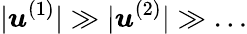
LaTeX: |\boldsymbol{u}^{(1)}|\gg|\boldsymbol{u}^{(2)}|\gg\ldots